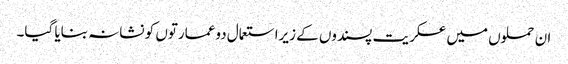
ان حملوں میں عسکریت پسندوں کے زیراستعمال دوعمارتوں کو نشانہ بنایا گیا۔